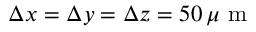
\Delta x = \Delta y = \Delta z = 5 0 \, \mu \mathrm { ~ m ~ }